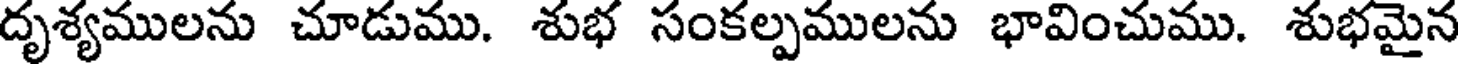
దృశ్యములను చూడుము. శుభ సంకల్పములను భావించుము. శుభమైన